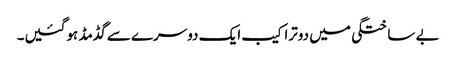
بے ساختگی میں دوتراکیب ایک دوسرے سے گڈمڈ ہوگئیں۔